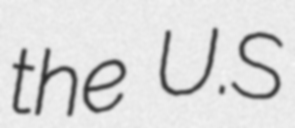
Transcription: the U.S